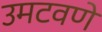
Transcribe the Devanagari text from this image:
उमटवणे